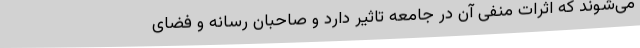
می‌شوند که اثرات منفی آن در جامعه تاثیر دارد و صاحبان رسانه و فضای